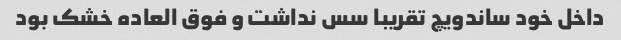
داخل خود ساندویچ تقریبا سس نداشت و فوق العاده خشک بود